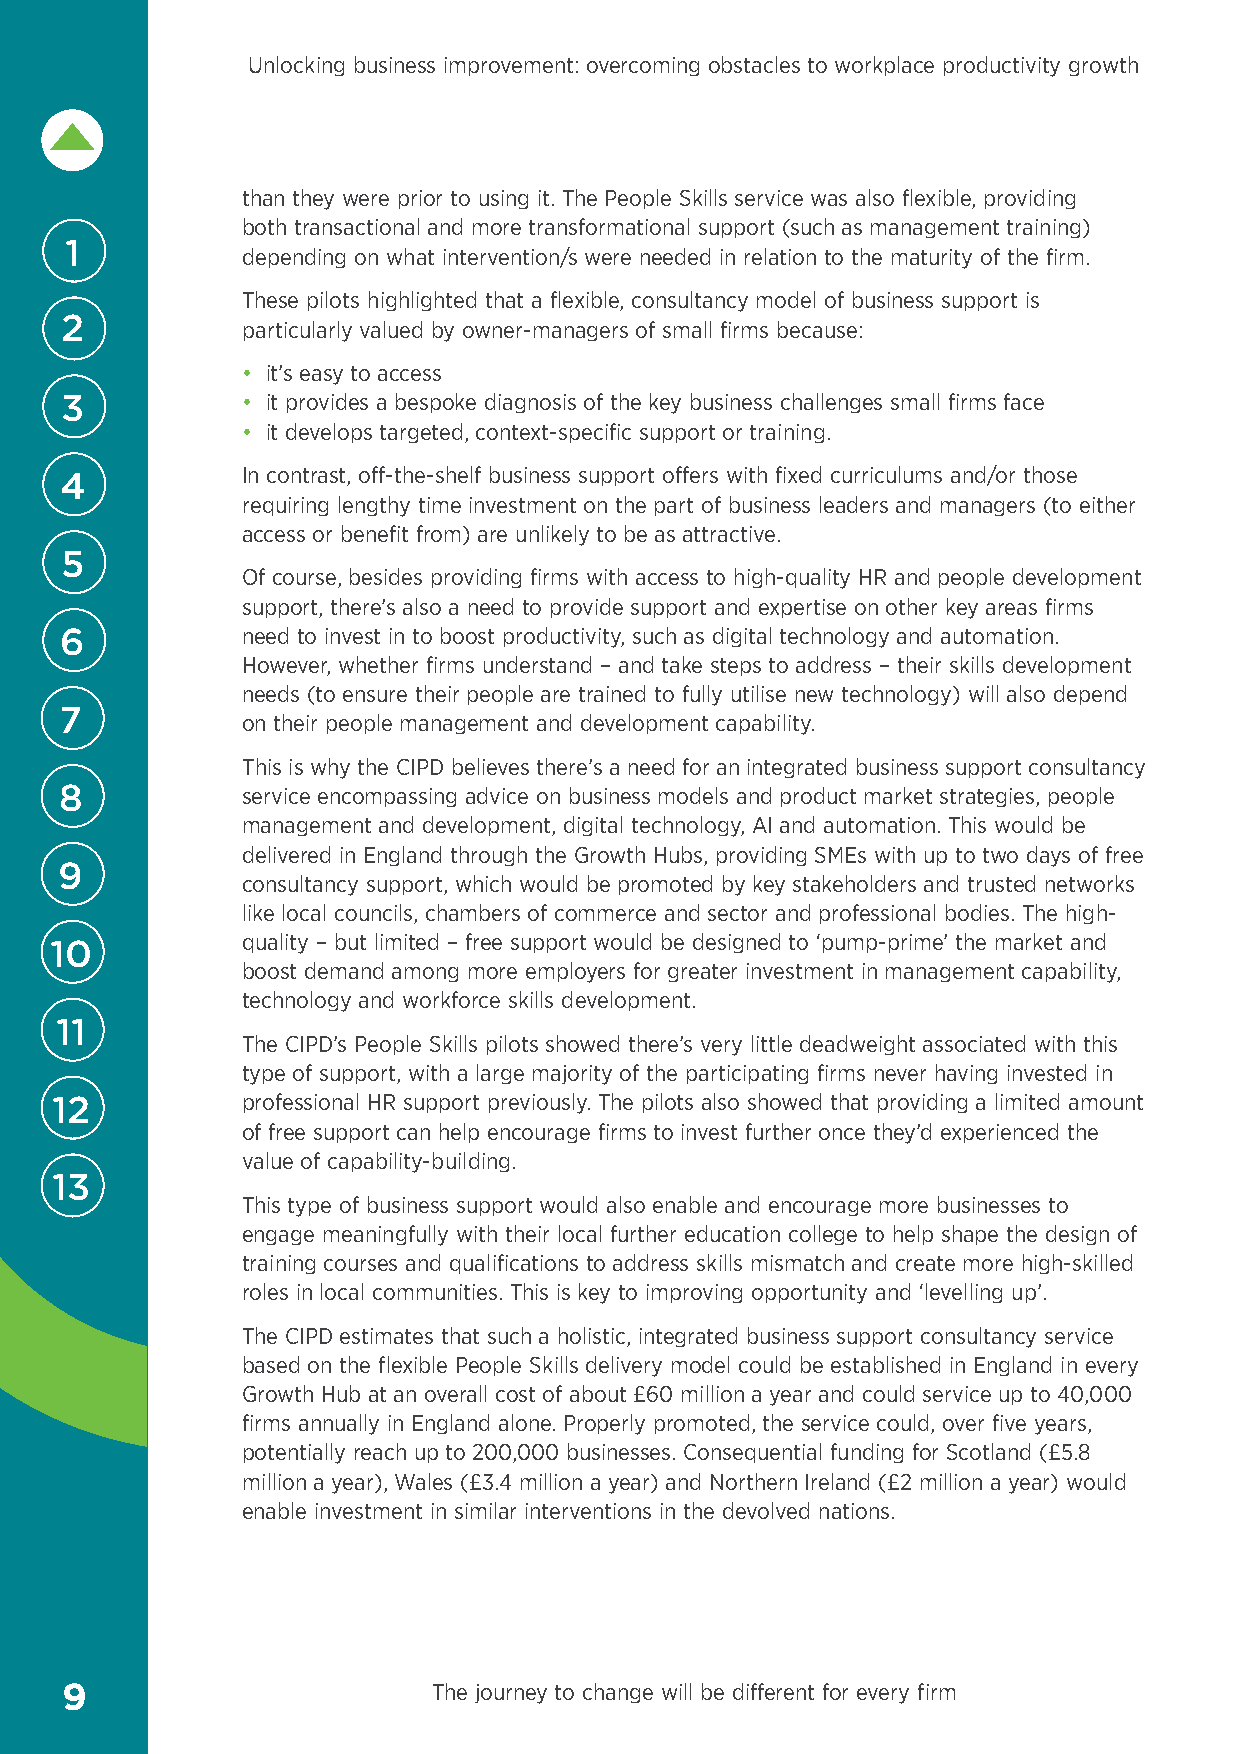
Unlocking business improvement: overcoming obstacles to workplace productivity growth
 than they were prior to using it. The People Skills service was also flexible, providing
 both transactional and more transformational support (such as management training)
 1
 depending on what intervention/s were needed in relation to the maturity of the firm.
 These pilots highlighted that a flexible, consultancy model of business support is
 2           particularly valued by owner-managers of small firms because:
 • it’s easy to access
 3           • it provides a bespoke diagnosis of the key business challenges small firms face
 • it develops targeted, context-specific support or training.
 In contrast, off-the-shelf business support offers with fixed curriculums and/or those
 4
 requiring lengthy time investment on the part of business leaders and managers (to either
 access or benefit from) are unlikely to be as attractive.
 5
 Of course, besides providing firms with access to high-quality HR and people development
 support, there’s also a need to provide support and expertise on other key areas firms
 6           need to invest in to boost productivity, such as digital technology and automation.
 However, whether firms understand – and take steps to address – their skills development
 needs (to ensure their people are trained to fully utilise new technology) will also depend
 7
 on their people management and development capability.
 This is why the CIPD believes there’s a need for an integrated business support consultancy
 8           service encompassing advice on business models and product market strategies, people
 management and development, digital technology, AI and automation. This would be
 delivered in England through the Growth Hubs, providing SMEs with up to two days of free
 9
 consultancy support, which would be promoted by key stakeholders and trusted networks
 like local councils, chambers of commerce and sector and professional bodies. The high-
 quality – but limited – free support would be designed to ‘pump-prime’ the market and
 10
 boost demand among more employers for greater investment in management capability,
 technology and workforce skills development.
 11
 The CIPD’s People Skills pilots showed there’s very little deadweight associated with this
 type of support, with a large majority of the participating firms never having invested in
 12           professional HR support previously. The pilots also showed that providing a limited amount
 of free support can help encourage firms to invest further once they’d experienced the
 value of capability-building.
 13
 This type of business support would also enable and encourage more businesses to
 engage meaningfully with their local further education college to help shape the design of
 training courses and qualifications to address skills mismatch and create more high-skilled
 roles in local communities. This is key to improving opportunity and ‘levelling up’.
 The CIPD estimates that such a holistic, integrated business support consultancy service
 based on the flexible People Skills delivery model could be established in England in every
 Growth Hub at an overall cost of about £60 million a year and could service up to 40,000
 firms annually in England alone. Properly promoted, the service could, over five years,
 potentially reach up to 200,000 businesses. Consequential funding for Scotland (£5.8
 million a year), Wales (£3.4 million a year) and Northern Ireland (£2 million a year) would
 enable investment in similar interventions in the devolved nations.
 9                        The journey to change will be different for every firm